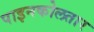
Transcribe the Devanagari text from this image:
पाइनकोलतार